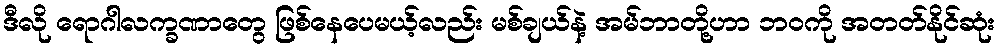
ဒီလို ရောဂါလက္ခဏာတွေ ဖြစ်နေပေမယ့်လည်း မစ်ချယ်နဲ့ အမ်ဘာတို့ဟာ ဘဝကို အတတ်နိုင်ဆုံး